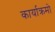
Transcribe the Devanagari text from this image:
कार्याक्रमो